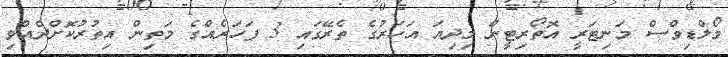
މޯލްޑިވްސް މަނިޓަރީ އޮތޯރިޓީން މިދިޔަ އަހަރުގެ ތެރޭގައި 3 ފަހަރެއްގެ މަތިން އިތުރުކޮށްދެއްވި